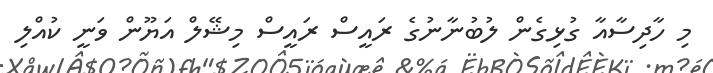
މި ހާދިސާއާ ގުޅިގެން ލުބުނާނުގެ ރައީސް ރައީސް މިޝޭލް އަޔޫން ވަނީ ކުއްލި